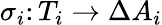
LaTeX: \sigma_{i}\colon T_{i}\rightarrow\Delta A_{i}